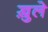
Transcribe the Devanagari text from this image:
ख़ुले